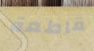
قاطعة